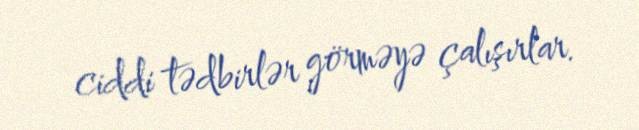
ciddi tədbirlər görməyə çalışırlar.